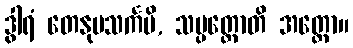
ဒွါရံ တေနုပသင်္ကမိ, သမ္ပတ္တောတိ အတ္ထော။